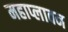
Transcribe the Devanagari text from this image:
महाप्लावन